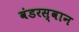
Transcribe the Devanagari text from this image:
वंडरस्वान